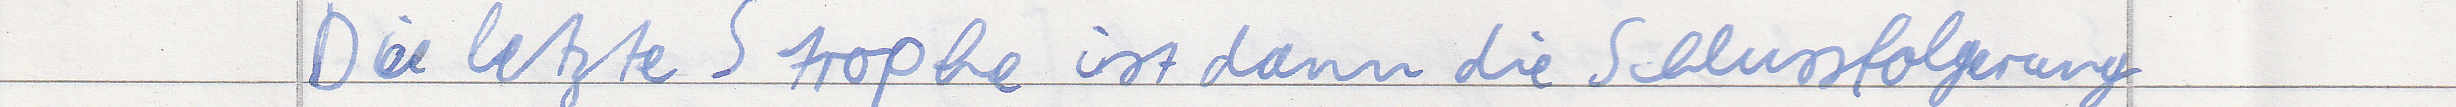
Die letzte Strophe ist dann die Schlussfolgerung